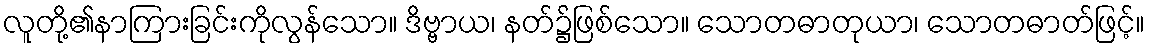
လူတို့၏နာကြားခြင်းကိုလွန်သော။ ဒိဗ္ဗာယ၊ နတ်၌ဖြစ်သော။ သောတဓာတုယာ၊ သောတဓာတ်ဖြင့်။